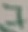
Text: 7